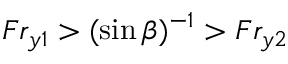
F r _ { y 1 } > ( \sin \beta ) ^ { - 1 } > F r _ { y 2 }